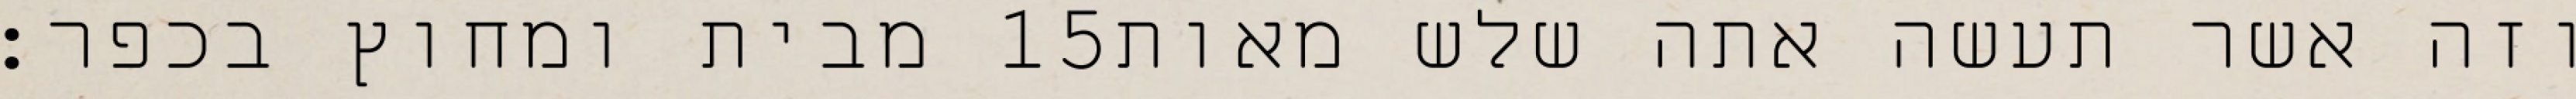
מבית ומחוץ בכפר׃ ‎15‏ וזה אשר תעשה אתה שלש מאות